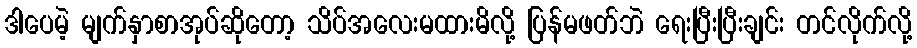
ဒါပေမဲ့ မျက်နှာစာအုပ်ဆိုတော့ သိပ်အလေးမထားမိလို့ ပြန်မဖတ်ဘဲ ရေးပြီးပြီးချင်း တင်လိုက်လို့